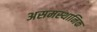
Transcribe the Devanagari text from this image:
असमस्थानिक